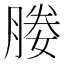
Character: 媵